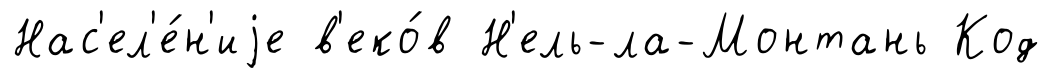
Нас'ел'е́н'иjе в'еко́в Н'ель-ла-Монтань Код